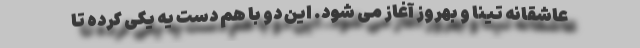
عاشقانه تینا و بهروز آغاز می شود. این دو با هم دست یه یکی کرده تا